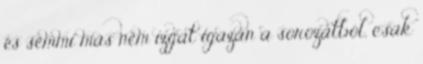
és semmi más nem izgat igazán a sorozatból, csak